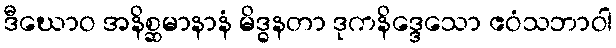
ဒီဃောဝ အနိစ္ဆမာနာနံ မိဒ္ဓနတာ ဒုကနိဒ္ဒေသော ဧဝံသဘာဝါ